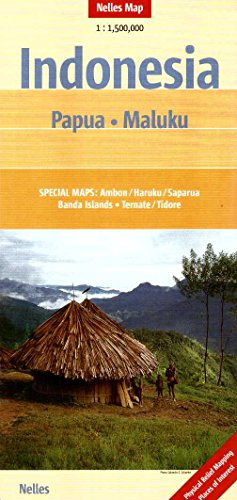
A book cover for Indonesia: Papua- Malaku Map 1:1.5M Nelles 2013*** (English and German Edition); Nelles Verlag GmbH; Travel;